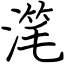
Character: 滗